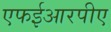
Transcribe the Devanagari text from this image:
एफईआरपीए